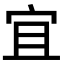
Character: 宜